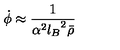
\dot { \phi } \approx { \frac { 1 } { \alpha ^ { 2 } { l _ { B } } ^ { 2 } \bar { \rho } } }